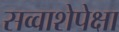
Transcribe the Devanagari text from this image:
सव्‍वाशेपेक्षा